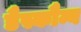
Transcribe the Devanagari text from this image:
डैस्कौम्ब